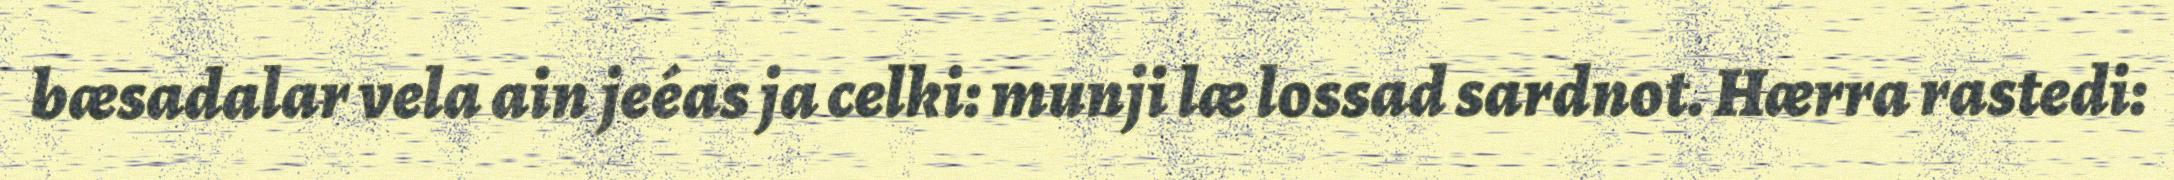
bæsadalar vela ain jeéas ja celki: munji læ lossad sardnot. Hærra rastedi: